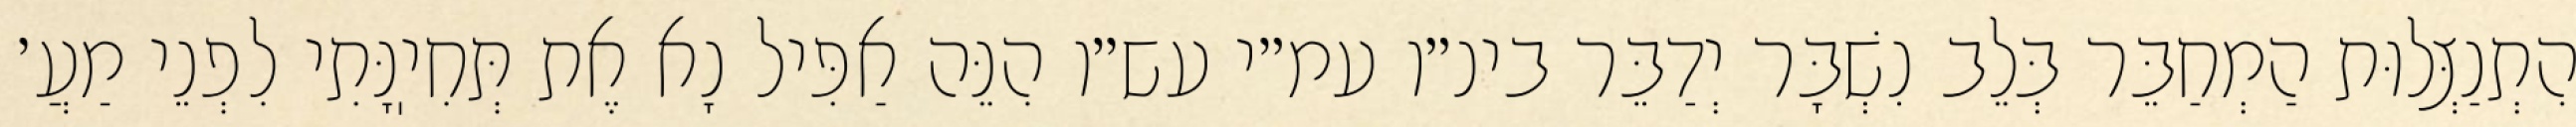
הִתְנַצְּלוּת הַמְחַבֵּר בְּלֵב נִשְׁבָּר יְדַבֵּר בינ״ו עמ״י עש״ו הִנֵּה אַפִּיל נָא אֶת תְּחִיֽנָּתִי לִפְנֵי מַעֲ׳